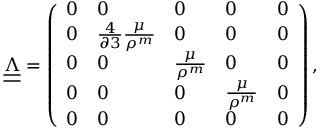
\begin{array} { r } { \underline { { \underline { { \boldsymbol \Lambda } } } } = \left( \begin{array} { l l l l l } { 0 } & { 0 } & { 0 } & { 0 } & { 0 } \\ { 0 } & { \frac { 4 } { \partial 3 } \frac { \mu } { \rho ^ { m } } } & { 0 } & { 0 } & { 0 } \\ { 0 } & { 0 } & { \frac { \mu } { \rho ^ { m } } } & { 0 } & { 0 } \\ { 0 } & { 0 } & { 0 } & { \frac { \mu } { \rho ^ { m } } } & { 0 } \\ { 0 } & { 0 } & { 0 } & { 0 } & { 0 } \end{array} \right) , } \end{array}